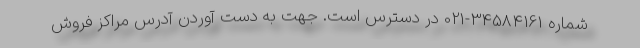
شماره 34584161-021 در دسترس است. جهت به دست آوردن آدرس مراکز فروش